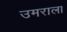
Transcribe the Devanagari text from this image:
उमराला